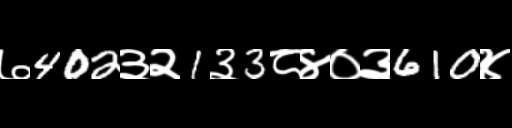
Text: ७402३२1३3८४०३610४